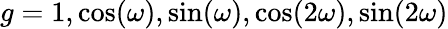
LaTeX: g=1,\cos(\omega),\sin(\omega),\cos(2\omega),\sin(2\omega)